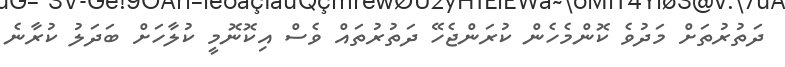
ދަތުރުތަށް މަދުވެ ކޮންމެހެން ކުރަންޖެހޭ ދަތުރުތައް ވެސް އިކޮނޮމީ ކުލާހަށް ބަދަލު ކުރާނެ